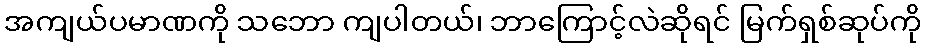
အကျယ်ပမာဏကို သဘော ကျပါတယ်၊ ဘာကြောင့်လဲဆိုရင် မြက်ရှစ်ဆုပ်ကို